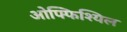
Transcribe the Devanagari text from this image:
ओफ्फिश्यिल